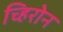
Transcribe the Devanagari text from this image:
च्हिरोन